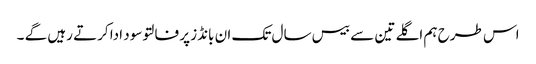
اس طرح ہم اگلے تین سے بیس سال تک ان بانڈز پر فالتو سود ادا کرتے رہیں گے ۔